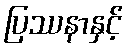
ပြဿနာနှင့်